Indian journal of veterinary science and animal husbandry - Volumes 18-21, 1948-1951
Year: 1948
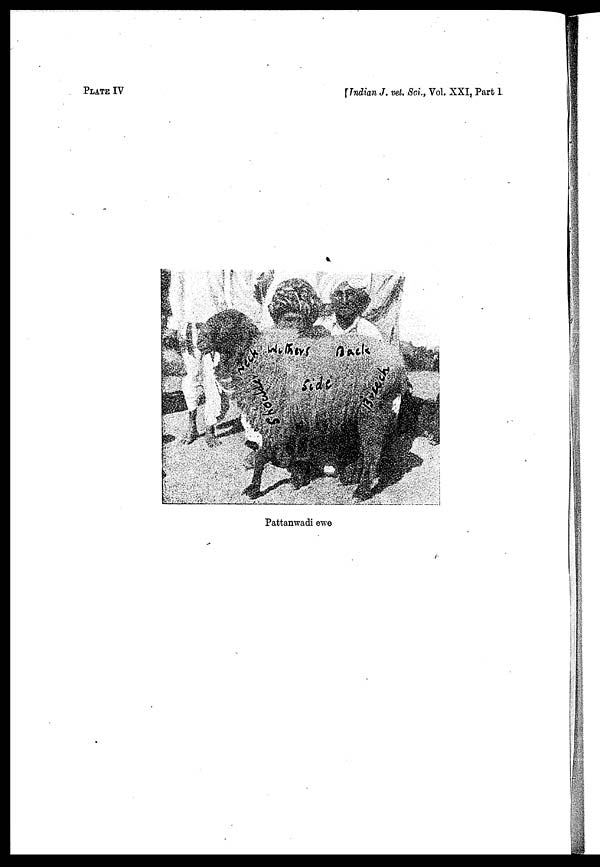
PLATE IV
[Indian
J. vet. Sci., Vol. XXI, Part 1
Pattanwadi ewe